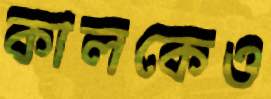
কালকেও